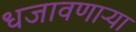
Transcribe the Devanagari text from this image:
धजावणाऱ्या